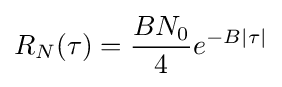
R_{N}(\tau )={\frac {BN_{0}}{4}}e^{-B|\tau |}